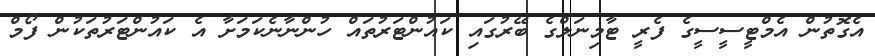
އެގޮތުން އެމްޓީސީސީގެ ފެރީ ޓާމިނަލްގެ ބޭރުގައި ކައުންޓަރުތައް ހުންނާނެކަމަށާ އެ ކައުންޓަރުތަކުން ފޯމް